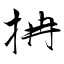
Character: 抩